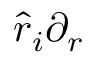
\hat { r } _ { i } \partial _ { r }